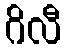
ဂိလီ